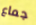
جماع